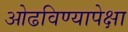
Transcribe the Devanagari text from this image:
ओढविण्यापेक्षा